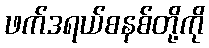
ဖက်ဒရယ်စနစ်တို့ကို